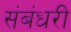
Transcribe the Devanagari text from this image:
संबंधरी